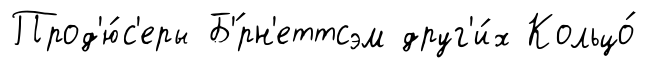
Прод'ю́с'еры Б'́рн'еттсэм друг'и́х Кольцо́